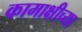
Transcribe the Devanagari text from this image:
कामाक्षीच्या